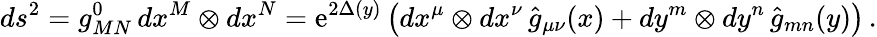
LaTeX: ds^{2}=g_{MN}^{0}\, dx^{M}\otimes dx^{N}=\mathrm{e}^{2\Delta(y)}\left(dx^{\mu}\otimes dx^{\nu}\, \hat{g}_{\mu\nu}(x)+dy^{m}\otimes dy^{n}\, \hat{g}_{mn}(y)\right)\, .